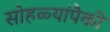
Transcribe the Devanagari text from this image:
सोहळ्यांपैकी